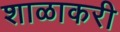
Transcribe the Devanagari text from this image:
शाळाकरी